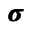
\pmb { \sigma }